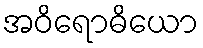
အဝိရောဓိယော